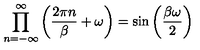
\prod _ { n = - \infty } ^ { \infty } \left( \frac { 2 \pi n } { \beta } + \omega \right) = \sin \left( \frac { \beta \omega } { 2 } \right)